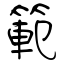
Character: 範